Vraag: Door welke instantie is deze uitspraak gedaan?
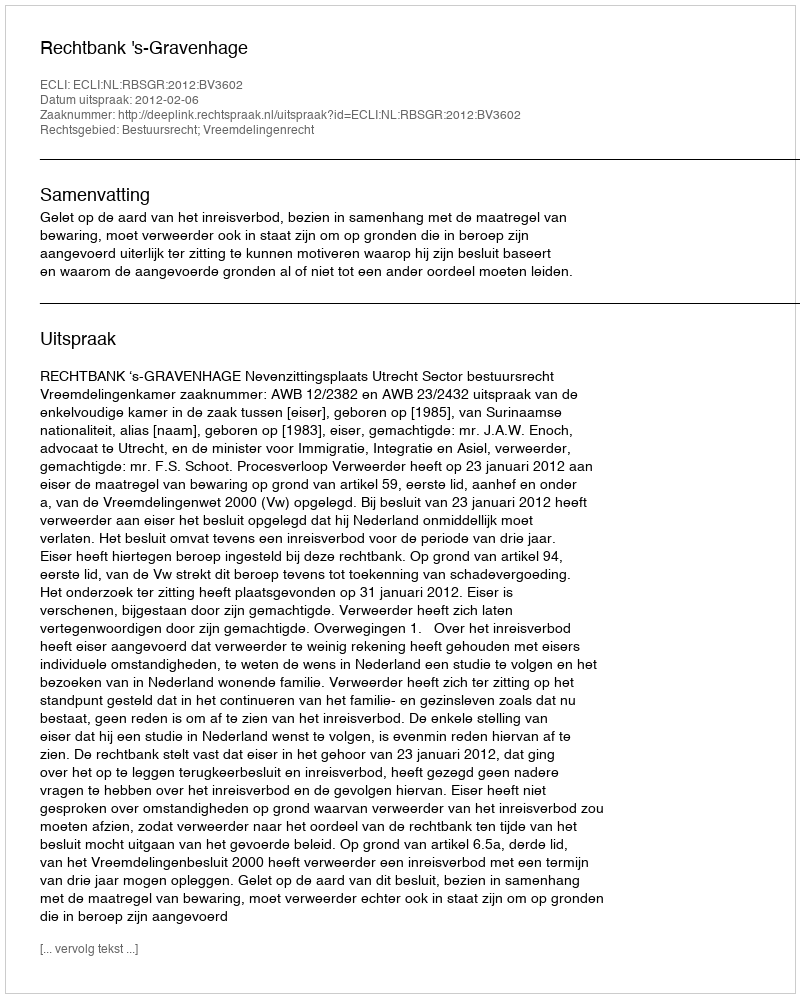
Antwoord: Rechtbank 's-Gravenhage